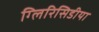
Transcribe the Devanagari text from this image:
ग्लिरिसिडीया